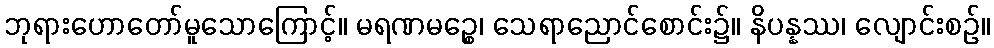
ဘုရားဟောတော်မူသောကြောင့်။ မရဏမဉ္စေ၊ သေရာညောင်စောင်း၌။ နိပန္နဿ၊ လျောင်းစဉ်။